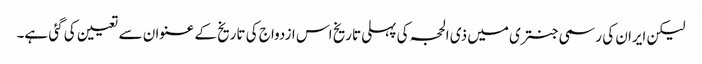
لیکن ایران کی رسمی جنتری میں ذی الحجہ کی پہلی تاریخ اس ازدواج کی تاریخ کے عنوان سے تعیین کی گئی ہے۔